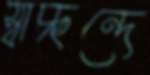
স্বাচ্ছন্দে